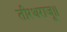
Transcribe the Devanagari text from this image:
तीरथराजू॥